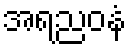
အရညဝနံ